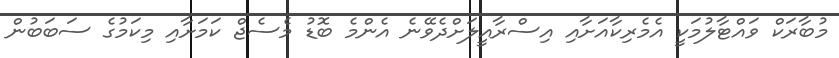
މުބާރަކް ވައްޓާލުމަކީ އެމެރިކާއަށާއި އިސްރާއީލަށްދެވޭނެ އެންމެ ބޮޑު މެސެޖް ކަމަށާއި މިކަމުގެ ސަބަބުން